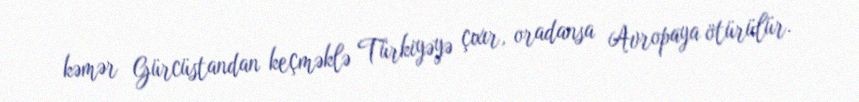
kəmər Gürcüstandan keçməklə Türkiyəyə çıxır, oradansa Avropaya ötürülür.